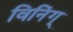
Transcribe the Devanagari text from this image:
विनिंग्